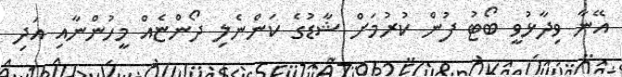
އޭނާ ވިދާޅުވީ ބޯޓު ފުން ކުރުމަށް ޝާޑުގެ ކަންނެލި ދޯންޏެއް މީހުންނާއި އަދި